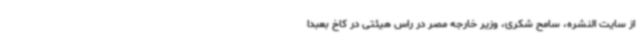
از سایت النشره، سامح شکری، وزیر خارجه مصر در راس هیئتی در کاخ بعبدا